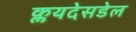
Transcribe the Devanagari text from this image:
क्लयदेसडेल